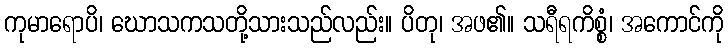
ကုမာရောပိ၊ ဃောသကသတို့သားသည်လည်း။ ပိတု၊ အဖ၏။ သရီရကိစ္စံ၊ အကောင်ကို